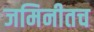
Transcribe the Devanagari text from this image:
जमिनीतच